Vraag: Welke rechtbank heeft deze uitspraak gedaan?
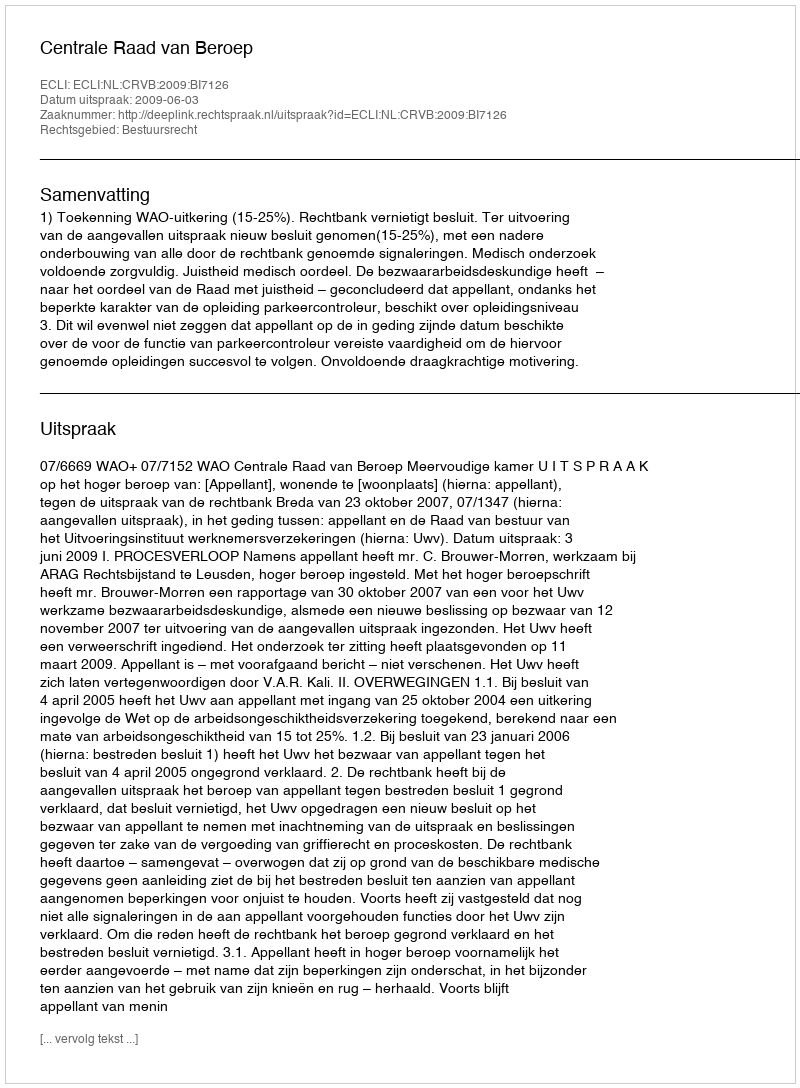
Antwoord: Centrale Raad van Beroep